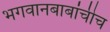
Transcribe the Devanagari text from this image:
भगवानबाबांचीच